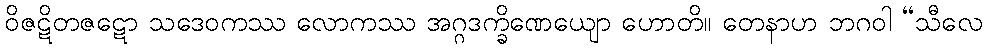
ဝိဇဋိတဇဋော သဒေဝကဿ လောကဿ အဂ္ဂဒက္ခိဏေယျော ဟောတိ။ တေနာဟ ဘဂဝါ “သီလေ